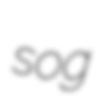
sog